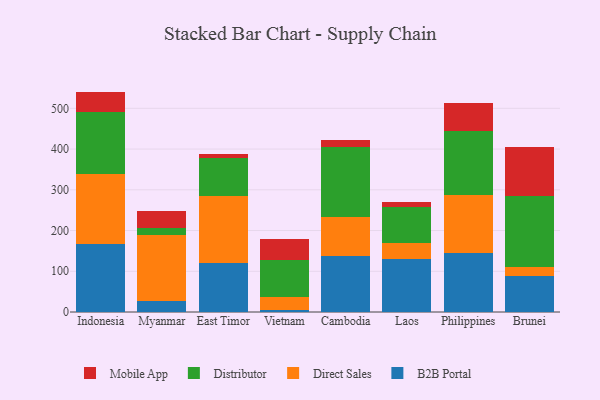
{"axis": {"x": "Country", "y": "Demand Index"}, "legend": ["B2B Portal", "Direct Sales", "Distributor", "Mobile App"], "data": [{"x": "Indonesia", "y": 166.3, "type": "B2B Portal"}, {"x": "Indonesia", "y": 173.0, "type": "Direct Sales"}, {"x": "Indonesia", "y": 151.2, "type": "Distributor"}, {"x": "Indonesia", "y": 50.6, "type": "Mobile App"}, {"x": "Myanmar", "y": 26.3, "type": "B2B Portal"}, {"x": "Myanmar", "y": 162.2, "type": "Direct Sales"}, {"x": "Myanmar", "y": 18.8, "type": "Distributor"}, {"x": "Myanmar", "y": 39.9, "type": "Mobile App"}, {"x": "East Timor", "y": 121.2, "type": "B2B Portal"}, {"x": "East Timor", "y": 162.9, "type": "Direct Sales"}, {"x": "East Timor", "y": 93.2, "type": "Distributor"}, {"x": "East Timor", "y": 11.3, "type": "Mobile App"}, {"x": "Vietnam", "y": 5.6, "type": "B2B Portal"}, {"x": "Vietnam", "y": 32.4, "type": "Direct Sales"}, {"x": "Vietnam", "y": 90.7, "type": "Distributor"}, {"x": "Vietnam", "y": 49.5, "type": "Mobile App"}, {"x": "Cambodia", "y": 136.7, "type": "B2B Portal"}, {"x": "Cambodia", "y": 96.9, "type": "Direct Sales"}, {"x": "Cambodia", "y": 171.4, "type": "Distributor"}, {"x": "Cambodia", "y": 17.9, "type": "Mobile App"}, {"x": "Laos", "y": 129.8, "type": "B2B Portal"}, {"x": "Laos", "y": 40.7, "type": "Direct Sales"}, {"x": "Laos", "y": 88.2, "type": "Distributor"}, {"x": "Laos", "y": 11.7, "type": "Mobile App"}, {"x": "Philippines", "y": 144.8, "type": "B2B Portal"}, {"x": "Philippines", "y": 142.6, "type": "Direct Sales"}, {"x": "Philippines", "y": 157.1, "type": "Distributor"}, {"x": "Philippines", "y": 68.0, "type": "Mobile App"}, {"x": "Brunei", "y": 87.9, "type": "B2B Portal"}, {"x": "Brunei", "y": 21.5, "type": "Direct Sales"}, {"x": "Brunei", "y": 176.1, "type": "Distributor"}, {"x": "Brunei", "y": 118.5, "type": "Mobile App"}]}